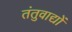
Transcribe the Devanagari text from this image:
तंतुवाद्यों